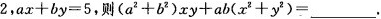
2，$$ax+by=5$$,则$$（a^{2}+b^{2})xy+ab(x^{2}+y^{2})=___$$.